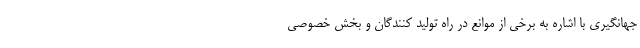
جهانگیری با اشاره به برخی از موانع در راه تولید کنندگان و بخش خصوصی